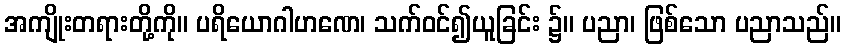
အကျိုးတရားတို့ကို။ ပရိယောဂါဟဏေ၊ သက်ဝင်၍ယူခြင်း ၌။ ပညာ၊ ဖြစ်သော ပညာသည်။